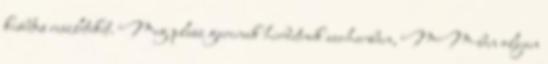
kisbetus reszleteket. Meg plusz garinak hirdetnek auchanban, MM-ben olyan